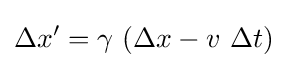
\Delta x'=\gamma \ (\Delta x-v\ \Delta t)